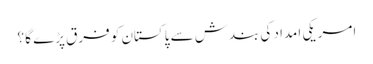
امریکی امداد کی بندش سے پاکستان کو فرق پڑے گا ؟